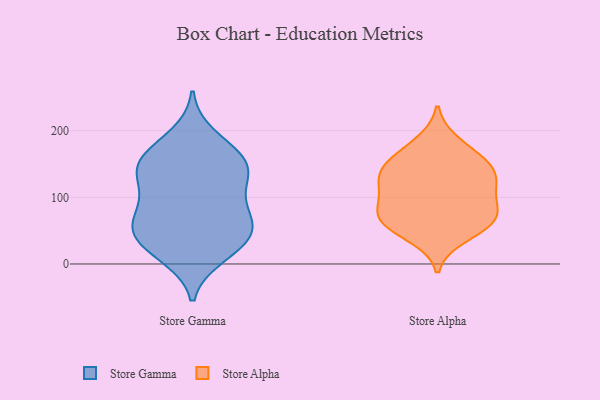
{"axis": {"x": "Tickets Resolved", "y": "Value"}, "legend": ["Store Alpha", "Store Gamma"], "data": [{"x": "", "y": 53, "type": "Store Gamma"}, {"x": "", "y": 14, "type": "Store Gamma"}, {"x": "", "y": 66, "type": "Store Gamma"}, {"x": "", "y": 150, "type": "Store Gamma"}, {"x": "", "y": 57, "type": "Store Gamma"}, {"x": "", "y": 96, "type": "Store Gamma"}, {"x": "", "y": 96, "type": "Store Gamma"}, {"x": "", "y": 53, "type": "Store Gamma"}, {"x": "", "y": 54, "type": "Store Gamma"}, {"x": "", "y": 193, "type": "Store Gamma"}, {"x": "", "y": 40, "type": "Store Gamma"}, {"x": "", "y": 175, "type": "Store Gamma"}, {"x": "", "y": 146, "type": "Store Gamma"}, {"x": "", "y": 142, "type": "Store Gamma"}, {"x": "", "y": 104, "type": "Store Gamma"}, {"x": "", "y": 11, "type": "Store Gamma"}, {"x": "", "y": 146, "type": "Store Gamma"}, {"x": "", "y": 158, "type": "Store Gamma"}, {"x": "", "y": 28, "type": "Store Gamma"}, {"x": "", "y": 133, "type": "Store Gamma"}, {"x": "", "y": 57, "type": "Store Alpha"}, {"x": "", "y": 95, "type": "Store Alpha"}, {"x": "", "y": 117, "type": "Store Alpha"}, {"x": "", "y": 149, "type": "Store Alpha"}, {"x": "", "y": 63, "type": "Store Alpha"}, {"x": "", "y": 76, "type": "Store Alpha"}, {"x": "", "y": 134, "type": "Store Alpha"}, {"x": "", "y": 76, "type": "Store Alpha"}, {"x": "", "y": 111, "type": "Store Alpha"}, {"x": "", "y": 132, "type": "Store Alpha"}, {"x": "", "y": 67, "type": "Store Alpha"}, {"x": "", "y": 145, "type": "Store Alpha"}, {"x": "", "y": 183, "type": "Store Alpha"}, {"x": "", "y": 41, "type": "Store Alpha"}, {"x": "", "y": 165, "type": "Store Alpha"}]}